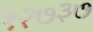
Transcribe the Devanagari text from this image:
१२७३७